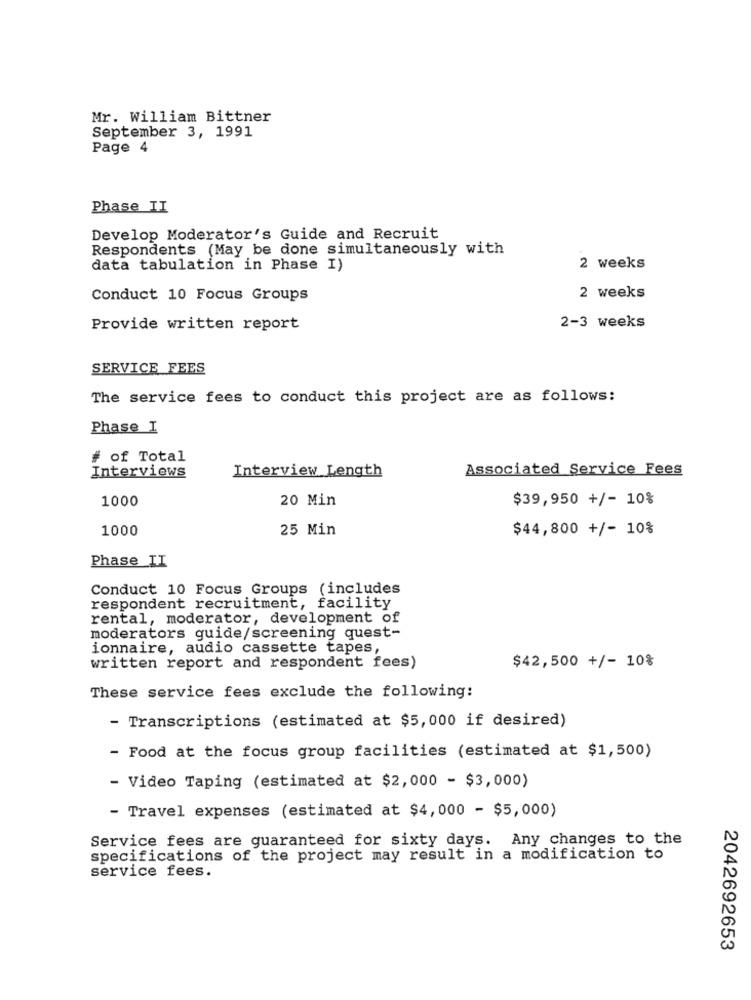
Mr. William Bittner
September 3, 1991
Page 4
Phase II
Develop Moderator's Guide and Recruit
Respondents (May be done simultaneously with
data tabulation in Phase I)
2 weeks
Conduct 10 Focus Groups
2 weeks
Provide written report
2-3 weeks
SERVICE FEES
The service fees to conduct this project are as follows:
Phase I
# of Total
Interviews
Interview Length
Associated Service Fees
1000
20 Min
$39,950 +/- 10%
1000
25 Min
$44,800 +/- 10%
Phase II
Conduct 10 Focus Groups (includes
respondent recruitment, facility
rental, moderator, development of
moderators guide/screening quest-
ionnaire, audio cassette tapes,
$42,500 +/- 10%
written report and respondent fees)
These service fees exclude the following:
- Transcriptions (estimated at $5,000 if desired)
- Food at the focus group facilities (estimated at $1,500)
- Video Taping (estimated at $2,000 - $3,000)
- Travel expenses (estimated at $4,000 - $5,000)
Service fees are guaranteed for sixty days. Any changes to the
specifications of the project may result in a modification to
service fees.
2042692653